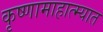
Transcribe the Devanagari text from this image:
कृष्णामाहात्म्यात